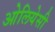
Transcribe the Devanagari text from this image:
ओलियेसी